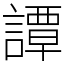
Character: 譚